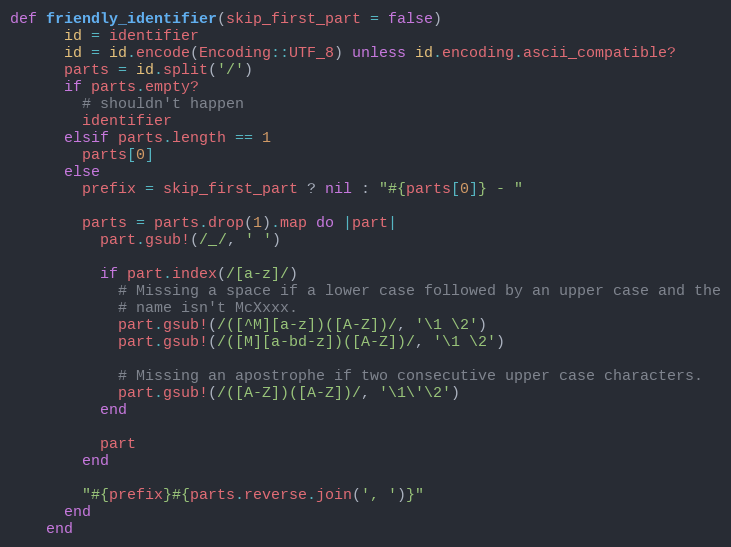
Language: Ruby
def friendly_identifier(skip_first_part = false)
      id = identifier
      id = id.encode(Encoding::UTF_8) unless id.encoding.ascii_compatible?
      parts = id.split('/')
      if parts.empty?
        # shouldn't happen
        identifier
      elsif parts.length == 1
        parts[0]
      else
        prefix = skip_first_part ? nil : "#{parts[0]} - "

        parts = parts.drop(1).map do |part|
          part.gsub!(/_/, ' ')

          if part.index(/[a-z]/)
            # Missing a space if a lower case followed by an upper case and the
            # name isn't McXxxx.
            part.gsub!(/([^M][a-z])([A-Z])/, '\1 \2')
            part.gsub!(/([M][a-bd-z])([A-Z])/, '\1 \2')

            # Missing an apostrophe if two consecutive upper case characters.
            part.gsub!(/([A-Z])([A-Z])/, '\1\'\2')
          end

          part
        end

        "#{prefix}#{parts.reverse.join(', ')}"
      end
    end